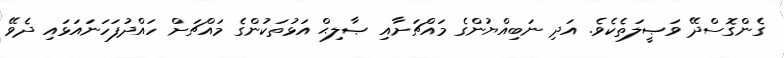
ގެންގޮސްދޭ ވަޞީލަތެކެވެ. އަދި ނަބިއްޔުންގެ މައްޗަށާއި ޞާލިޙް އަޅުތަކުންގެ މައްޗަށް ހައްދުފަހަނައަޅައި ދެވޭ